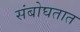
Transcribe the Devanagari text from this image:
संबोघतात